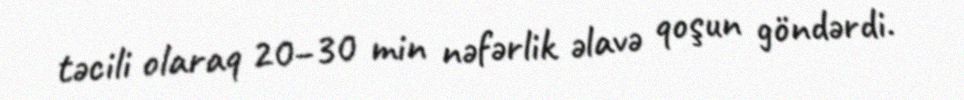
təcili olaraq 20–30 min nəfərlik əlavə qoşun göndərdi.